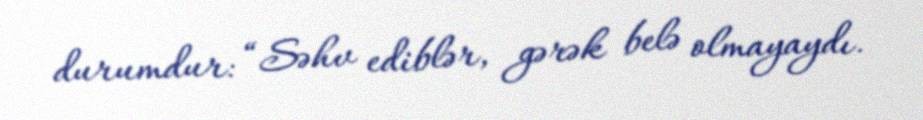
durumdur: “Səhv ediblər, gərək belə olmayaydı.